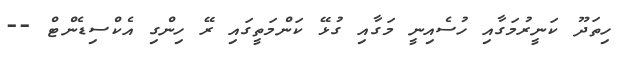
ހިތަދޫ ކަނީރުމަގާއި ހުސެއިނީ މަގާއި ގުޅޭ ކަންމަތީގައި ރޭ ހިންގި އެކްސިޑެންޓް --